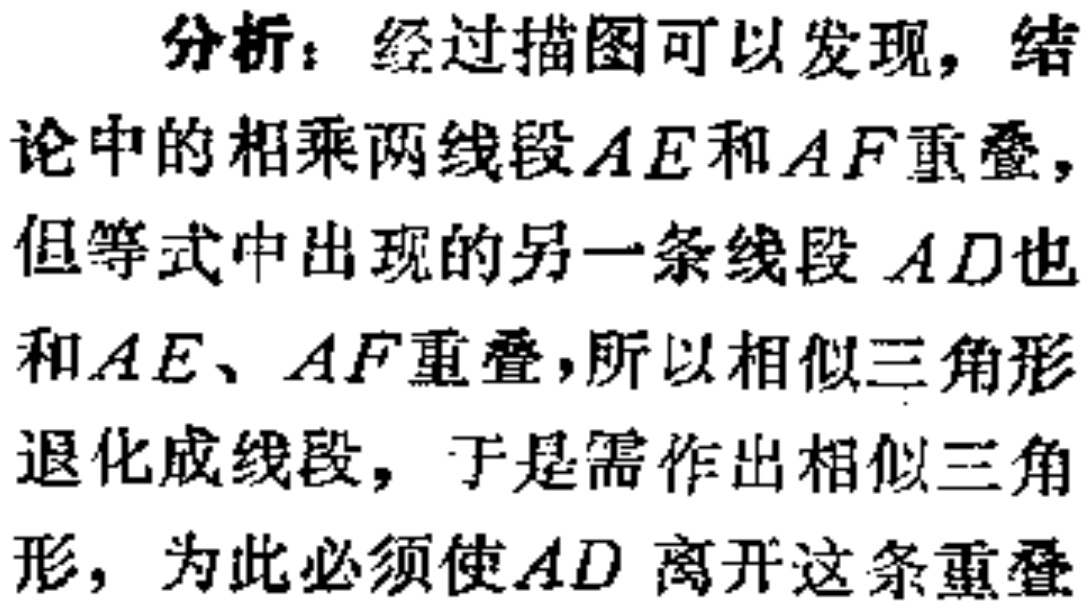
分析：经过描图可以发现，结论中的相乘两线段\(AE\)和\(AF\)重叠，但等式中出现的另一条线段 \(AD\)也和\(AE\)、\(AF\)重叠，所以相似三角形退化成线段，于是需作出相似三角形，为此必须使\(AD\) 离开这条重叠